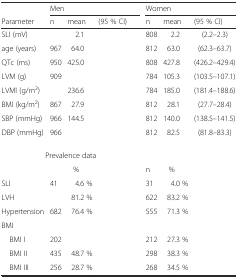
<table><thead><tr><td>[EMPTY_CELL]</td><td colspan="3"><b>Men</b></td><td colspan="3"><b>Women</b></td></tr><tr><td><b>Parameter</b></td><td><b>n</b></td><td><b>mean</b></td><td><b>(95 % CI)</b></td><td><b>n</b></td><td><b>mean</b></td><td><b>(95 % CI)</b></td></tr></thead><tbody><tr><td>SLI (mV)</td><td>[EMPTY_CELL]</td><td>2.1</td><td>[EMPTY_CELL]</td><td>808</td><td>2.2</td><td>(2.2–2.3)</td></tr><tr><td>age (years)</td><td>967</td><td>64.0</td><td>[EMPTY_CELL]</td><td>812</td><td>63.0</td><td>(62.3–63.7)</td></tr><tr><td>QTc (ms)</td><td>950</td><td>425.0</td><td>[EMPTY_CELL]</td><td>808</td><td>427.8</td><td>(426.2–429.4)</td></tr><tr><td>LVM (g)</td><td>909</td><td>[EMPTY_CELL]</td><td>[EMPTY_CELL]</td><td>784</td><td>105.3</td><td>(103.5–107.1)</td></tr><tr><td>LVMI (g/m<sup>2</sup>)</td><td>[EMPTY_CELL]</td><td>236.6</td><td>[EMPTY_CELL]</td><td>784</td><td>185.0</td><td>(181.4–188.6)</td></tr><tr><td>BMI (kg/m<sup>2</sup>)</td><td>867</td><td>27.9</td><td>[EMPTY_CELL]</td><td>812</td><td>28.1</td><td>(27.7–28.4)</td></tr><tr><td>SBP (mmHg)</td><td>966</td><td>144.5</td><td>[EMPTY_CELL]</td><td>812</td><td>140.0</td><td>(138.5–141.5)</td></tr><tr><td>DBP (mmHg)</td><td>966</td><td>[EMPTY_CELL]</td><td>[EMPTY_CELL]</td><td>812</td><td>82.5</td><td>(81.8–83.3)</td></tr><tr><td colspan="4">Prevalence data</td><td>[EMPTY_CELL]</td><td>[EMPTY_CELL]</td><td>[EMPTY_CELL]</td></tr><tr><td>[EMPTY_CELL]</td><td>[EMPTY_CELL]</td><td>%</td><td>[EMPTY_CELL]</td><td>n</td><td>%</td><td>[EMPTY_CELL]</td></tr><tr><td>SLI</td><td>41</td><td>4.6 %</td><td>[EMPTY_CELL]</td><td>31</td><td>4.0 %</td><td>[EMPTY_CELL]</td></tr><tr><td>LVH</td><td>[EMPTY_CELL]</td><td>81.2 %</td><td>[EMPTY_CELL]</td><td>622</td><td>83.2 %</td><td>[EMPTY_CELL]</td></tr><tr><td>Hypertension</td><td>682</td><td>76.4 %</td><td>[EMPTY_CELL]</td><td>555</td><td>71.3 %</td><td>[EMPTY_CELL]</td></tr><tr><td>BMI</td><td>[EMPTY_CELL]</td><td>[EMPTY_CELL]</td><td>[EMPTY_CELL]</td><td>[EMPTY_CELL]</td><td>[EMPTY_CELL]</td><td>[EMPTY_CELL]</td></tr><tr><td> BMI I</td><td>202</td><td>[EMPTY_CELL]</td><td>[EMPTY_CELL]</td><td>212</td><td>27.3 %</td><td>[EMPTY_CELL]</td></tr><tr><td> BMI II</td><td>435</td><td>48.7 %</td><td>[EMPTY_CELL]</td><td>298</td><td>38.3 %</td><td>[EMPTY_CELL]</td></tr><tr><td> BMI III</td><td>256</td><td>28.7 %</td><td>[EMPTY_CELL]</td><td>268</td><td>34.5 %</td><td>[EMPTY_CELL]</td></tr></tbody></table>